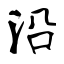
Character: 沿